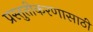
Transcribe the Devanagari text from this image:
प्रस्तुतीकरणासाठी